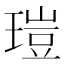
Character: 𤧸